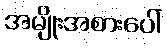
အမျိုးအစားပေါ်